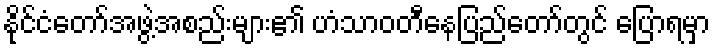
နိုင်ငံတော်အဖွဲ့အစည်းများ၏ ဟံသာဝတီနေပြည်တော်တွင် ပြောရမှာ